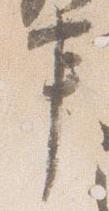
事